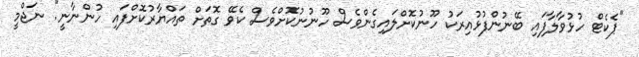
"ޕެކެޓް ހުޅުވާލާފައި ބޭނުންފުޅުއިރަކު ހޫނުކޮށްލައިގެންވެސް ހޫނުނުކޮށްވެސް ކެވޭ ގޮތަށް ތައްޔާރުކޮށްފައި ހުންނާނީ". ނަޖްމީ